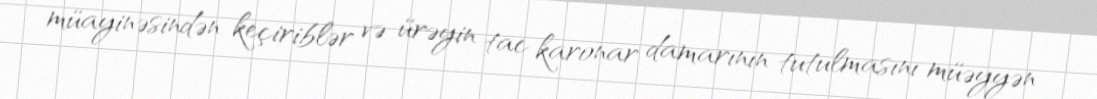
müayinəsindən keçiriblər və ürəyin tac karonar damarının tutulmasını müəyyən